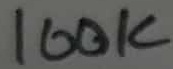
Text: 100K